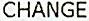
CHANGE